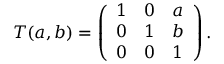
T ( a , b ) = \left( \begin{array} { l l l } { { 1 } } & { { 0 } } & { { a } } \\ { { 0 } } & { { 1 } } & { { b } } \\ { { 0 } } & { { 0 } } & { { 1 } } \end{array} \right) .